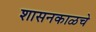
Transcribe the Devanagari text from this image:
शासनकाळचे